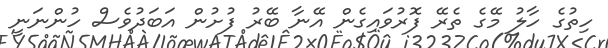
ހިތުގެ ހާލު މޭގެ ތެރޭ ފޮރުވައިގެން އޭނާ ބޭރު ފުށުން އަބަދުވެސް ހުންނަނީ